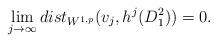
LaTeX: \begin{align*}\lim_{j\to\infty}dist_{W^{1,p}}(v_j,h^j(D_1^2))=0.\end{align*}